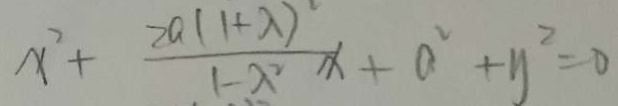
x ^ { 2 } + \frac { 2 a ( 1 + \lambda ) ^ { 2 } } { 1 - \lambda ^ { 2 } } x + a ^ { 2 } + y ^ { 2 } = 0